Vaccination Hyderabad 1890-1903 - 1890-1903
Year: 1890
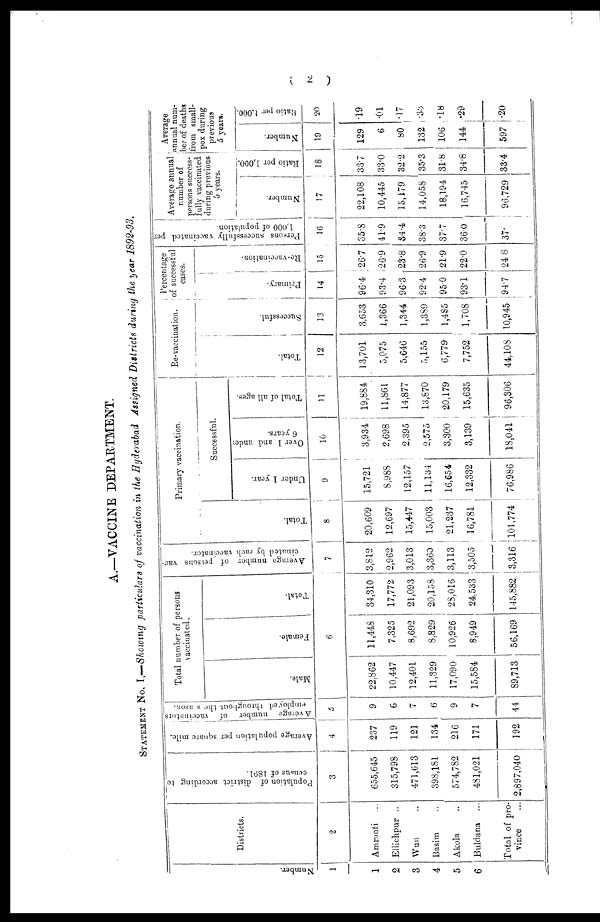
(
2
)
A.—VACCINE DEPARTMENT.
STATEMENT No. I.—Showing particulars of vaccination in the Hyderabad Assigned Districts during the year 1892-93.
Number.
1
1
2
3
4
5
6
Districts.
2
Amrnoti ...
Ellichpur ..
Wun ...
Basim ...
Akola ...
Buldana ...
Total of pro-
vince
Population of district according to
census of 1891.
3
655,645
315,793
471,613
398,181
574,782
481,021
2,897,040
Average population per square mile.
4
237
119
121
134
216
171
192
Average number of vaccinators
employed throughout the season.
5
9
6
7
6
9
7
44
Total number of persons
vaccinated.
Male.
Female.
Total.
6
22,862
10,447
12,401
11,329
17,090
15,584
89,713
11,448
7,325
8,692
8,829
10,926
8,949
56,169
34,310
17,772
21,093
20,158
28,016
24,533
145,882
Average number of persons vac-
cinated by each vaccinator.
7
3,812
2,962
3,013
3,360
3,113
3,505
3,316
Primary vaccination.
Total.
8
20,609
12,697
15,447
15,003
21,237
16,781
101,774
Successful.
Under 1 year.
9
15,721
8,988
12,157
11,134
16,654
12,332
76,986
Over 1 and under
6 years.
10
3,934
2,698
2,395
2,575
3,300
3,139
18,041
Total of all ages.
11
19,884
11,861
14,877
13,870
20,179
15,635
96,306
Re-vaccination.
Total.
12
13,701
5,075
5,646
5,155
6,779
7,752
44,108
Successful.
13
3,653
1,366
1,344
1,389
1,485
1,708
10,945
Percentage
of successful
cases.
Primary.
14
96.4
93.4
96.3
92.4
95.0
93.1
94.7
Re-vaccination.
15
26.7
26.9
23.8
26.9
21.9
22.0
24.8
Persons successfully vaccinated per
1,000 of population.
..
35.8
41.9
34.4
38.3
37.7
36.0
37.
Average annual
number of
persons success-
fully vaccinated
during previous
5 years.
Number.
7
22,108
10,445
15,179
14,058
18,194
16,745
96,729
Ratio per 1,000.
18
33.7
33.0
32.2
35.3
31.8
34.8
33.4
Average
annual num¬
ber of deaths
from small-
pox during
previous
5 years.
Number.
19
129
6
80
132
106
144
597
Ratio per 1.000.
20
.19
.01
.17
.33
.18
.29
.20